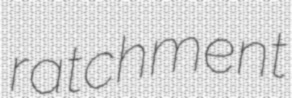
ratchment